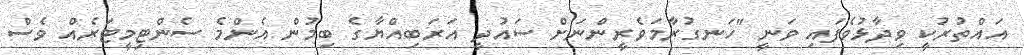
އައްތުރުކީ ވިދާޅުވެފައި ވަނީ "ހަނގުރާމަވެރީންނަށް ސައުދީ އަރަބިއްޔާގެ ބިމުން އެންމެ ސެންޓިމީޓަރެއް ވެސް